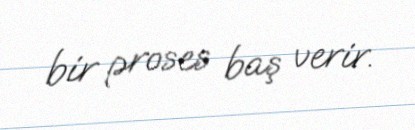
bir proses baş verir.